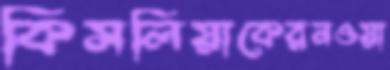
কিসলিয়াকেরনওয়া